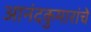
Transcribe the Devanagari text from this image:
आनंदकुमारांचे